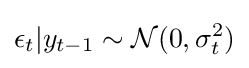
\epsilon _{t}|y_{t-1}\sim {\mathcal {N}}(0,\sigma _{t}^{2})